Indian journal of veterinary science and animal husbandry - Volumes 26-27, 1956-1957
Year: 1956
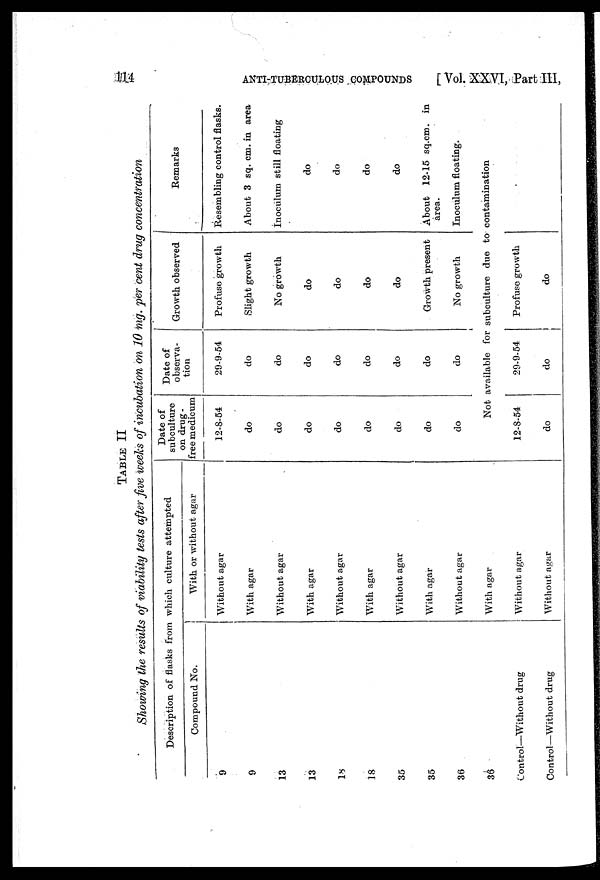
114
ANTI-TUBERCULOUS COMPOUNDS
[ Vol. XXVI, Part III,
TABLE II
Showing the results of viability tests after five weeks of incubation on 10 mg. per cent drug concentration
Description of flasks from which culture attempted
Compound No.
9
9
13
13
18
18
35
35
36
36
Control—Without drug
Control—Without drug
With or without agar
Without agar
With agar
Without agar
With agar
Without agar
With agar
Without agar
With agar
Without agar
With agar
Without agar
Without agar
Date of
subculture
on drug-
free medicum
12-8-54
do
do
do
do
do
do
do
do
Date of
observa-
tion
29-9-54
do
do
do
do
do
do
do
do
Growth observed
Profuse growth
Slight growth
No growth
do
do
do
do
Growth present
No growth
Remarks
Resembling control flasks.
About 3 sq. cm. in area
Inoculum still floating
do
do
do
do
About 12-15 sq.cm. in
area.
Inoculum floating.
Not available for subculture due to contamination
12-8-54
do
29-9-54
do
Profuse growth
do